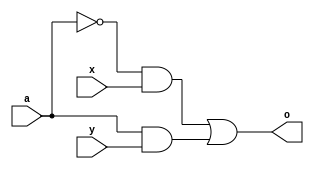
//
// In a structural definition, conditional execution cannot be employed
// to describe logic. Indeed, because circuits are fixed, their structures
// *cannot* depend on the values that they manipulate.
//
// However, conditional execution can be used in behavioral definitions.
// The behavior of a circuit can indeed depend on the value of its inputs.
//
// The syntax for conditional execution is the following:
//
//    if (condition) begin
//        `body1`    
//    end else begin
//        `body2`
//    end 
//
// This construct indicates that `body1` should be executed if `condition` is currently nonzero,
// and `body2` should be executed if `condition` is zero. 
//
// The else clause can optionally be omitted:
// 
//    if (condition) begin
//        `body1`
//    end 
//
// 
//
// The following two modules both implement the function "if a is 0, copy x to the output, otherwise copy y."
// The two modules have exactly the same behavior, despite their different implementation styles.
//

module mux_struct(
    a,
    x,
    y,
    o
    );

input a;
input x;
input y;
output o;

assign o = (~a & x) | (a & y);

endmodule


module mux_beh(
    a,
    x,
    y,
    o
    );

input a;
input x;
input y;
output reg o;

always @(a, x, y) begin 
    if (a) begin
        o = y;
    end else begin
        o = x;
    end
end

endmodule

//
// Notice the sensitivity list in the above module. 
// In combinational designs, the sensitivity list will *always* contain *all* the variables that 
// are used as inputs (i.e. the ones that are not assigned any value) inside of the `always` body.
// The sensitivity list impacts the behavior that is described by the `always` construct. Improperly setting
// the sensitivity list therefore generally causes unwanted and erreneous logic to be deduced.      
//
//
// To generate combinational logic, the following *must* also be true:
// 
//  "ALL VARIABLES SET WITHIN AN ALWAYS BLOCK MUST BE SET IN ALL POSSIBLE EXECUTION PATHS"  
//
// In the above example, this property is satisfied because `o` is set to some value no matter what 
// the actual values of `a`, `x`, and `y` are. 
// 
//
// The following example does not satisfy the property and thus corresponds to a non-combinational circuit!
// 

module bad_example(
    a,
    b,
    c
    );

input a;
input b;
output reg c;

always @(a, b) begin
    if (a & b) begin
        c = 1'b1;       // `c` is only set if `(a & b)` is 1.
    end
end

endmodule

//
// The following examples are all valid implementations of a 2-input OR gate.
//

module or_1(
    a,
    b,
    c
    );

input a;
input b;
output c;

assign c = a | b;

endmodule

//

module or_2(
    a,
    b,
    c
    );

input a;
input b;
output reg c;

always @(a, b) begin
    if (a) begin
        c = 1'b1;
    end else begin
        if (b) begin
            c = 1'b1;
        end else begin
            c = 1'b0;
        end
    end
end

endmodule

//

module or_3(
    a,
    b,
    c
    );

input a;
input b;
output reg c;

always @(a, b) begin
    if (a) begin
        c = 1'b1;
    end else begin
        c = b;
    end
end

endmodule

//

module or_4(
    a,
    b,
    c
    );

input a;
input b;
output reg c;

always @(a, b) begin
    if ({a, b} == 2'b00) begin
        c = 1'b0;
    end else begin
        c = 1'b1;
    end
end

endmodule

//

module or_5(
    a,
    b,
    c
    );

input a;
input b;
output reg c;

always @(a, b) begin
    c = 1'b0;
    if (a) begin
        c = 1'b1;
    end
    if (b) begin
        c = 1'b1;
    end
end

endmodule